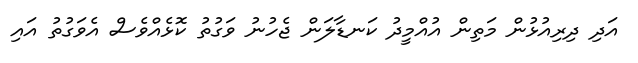
އަދި ދިރިއުޅުން މަތިން އުއްމީދު ކަނޑާލަން ޖެހުނު ވަގުތު ކޮޅެއްވެސް އެވަގުތު އައި